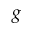
g